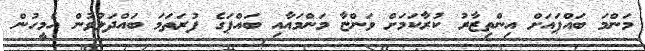
މަންމަ ބައްޕައަށް އިންތިޒާރު ކުރާކަމަށް ވަންޏާ މަންމައާއި ބައްޕަގެ ފުރަތަމަ ބައްދަލުވުން އެމީހުން